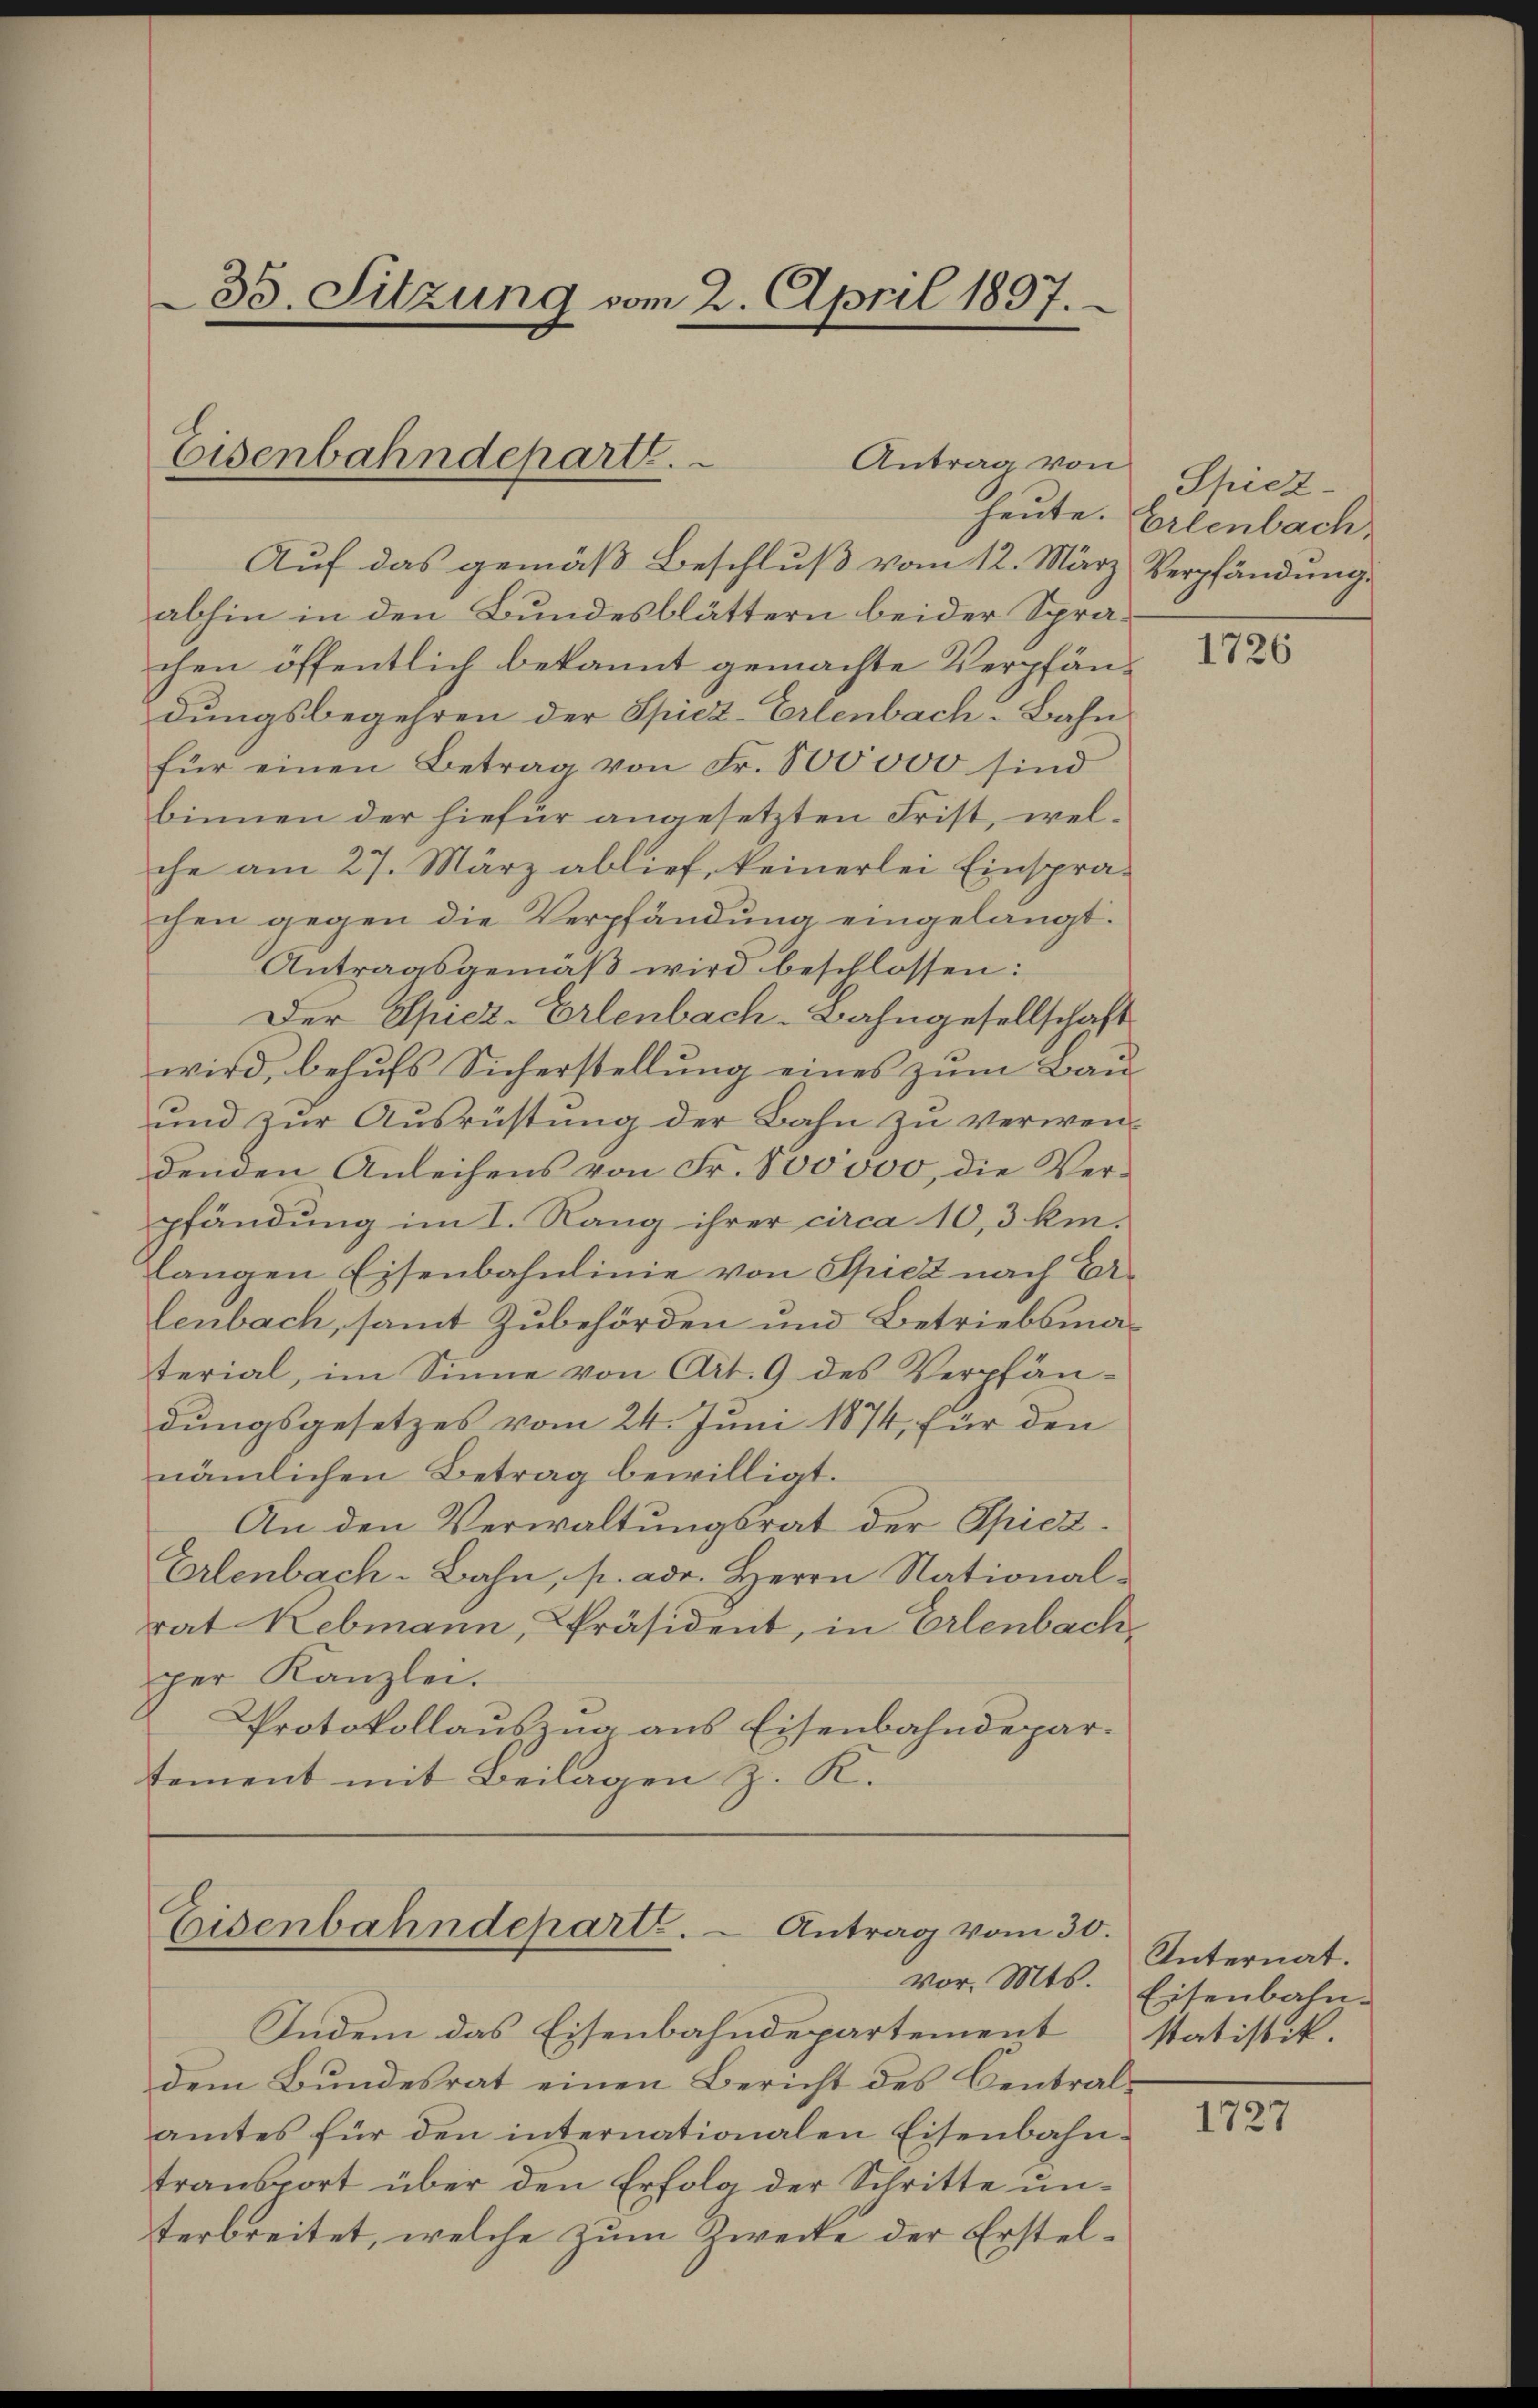
35. Sitzung vom 2. April 1897.

Eisenbahndepart.
Antrag von

Eisenbahndeparte. - Antrag vom 30.

Auf das gemäß Beschluß vom 12. März Verpfändung
abhin in den Bundesblättern beider Sprachen öffentlich bekannt gemachte Verpfändungsbegehren der Spiez-Erlenbach-Bahn
für einen Betrag von Fr. 100000 sind
binnen der hiefür angesetzten Frist, wel-
che am 27. März ablief, keinerlei Einsprachen gegen die Verpfändung eingelangt.
Antragsgemäß wird beschlossen:
Der Spiez-Erlenbach-Bahngesellschaft
wird, behufs Sicherstellung eines zum Bau
und zur Ausrüstung der Bahn zu verwen-
denden Anleihens von Fr. 800000, die Verpfändung im I. Rang ihrer circa 10,3 kinlangen Eisenbahnlinie von Spiez nach Erlenbach, samt Zubehörden und Betriebsmaterial, im Sinne von Art. 9 des Verpfändungsgesetzes vom 24. Juni 1874, für den
nämlichen Betrag bewilligt.
An den Verwaltungsrat der Spiez¬
Erlenbach-Bahn, p. adr. Herrn Nationalrat Rebmann, Präsident, in Erlenbachper Kanzlei.
Protokollauszug aus Eisenbahndepartement mit Beilagen z. K.

Indem das Eisenbahndepartement statistik.
dem Bundesrat einen Bericht des Central-
amtes für den internationalen Eisenbahn-
transport über den Erfolg der Schritte unterbreitet, welche zum Zwecke der Erstel¬

Spiez.
heute. Erlenbach,

1726

Internat.
vor. Mts. Eisenbahn-

1727